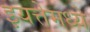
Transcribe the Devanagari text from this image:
इयत्तेमध्ये